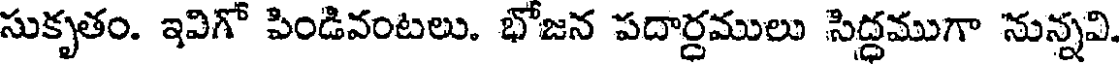
సుకృతం. ఇవిగో పిండివంటలు. భోజన పదార్ధములు సిద్ధముగా నున్నవి.